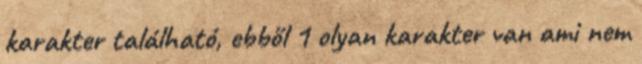
karakter található, ebből 1 olyan karakter van ami nem